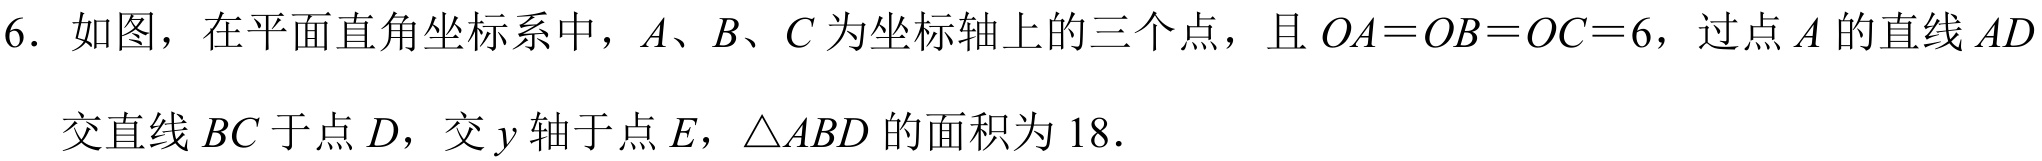
6. 如图，在平面直角坐标系中，\(A\)、\(B\)、\(C\)为坐标轴上的三个点，且 \(OA = OB = OC = 6\)，过点 \(A\)的直线 \(AD\)交直线 \(BC\)于点 \(D\)，交 \(y\)轴于点 \(E\)，\(\triangle ABD\)的面积为 \(18\).